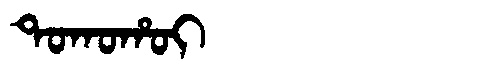
Manchu: ᡨᠣᡴᠣᡥᠣᡳ
Romanization: TOKOHOI